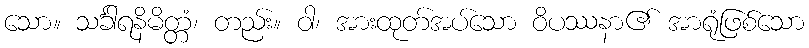
သော။ သင်္ခါရနိမိတ္တံ၊ တည်း။ ဝါ၊ အားထုတ်အပ်သော ဝိပဿနာ၏ အာရုံဖြစ်သော